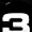
Digit: 3